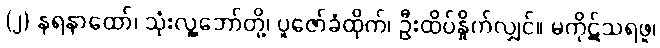
(၂) နရနာထော်၊ သုံးလူ့ဘော်တို့၊ ပူဇော်ခံထိုက်၊ ဦးထိပ်နှိုက်လျှင်။ မကိုဋ်သရဖူ၊